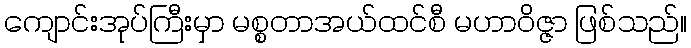
ကျောင်းအုပ်ကြီးမှာ မစ္စတာအယ်ထင်စီ မဟာဝိဇ္ဇာ ဖြစ်သည်။